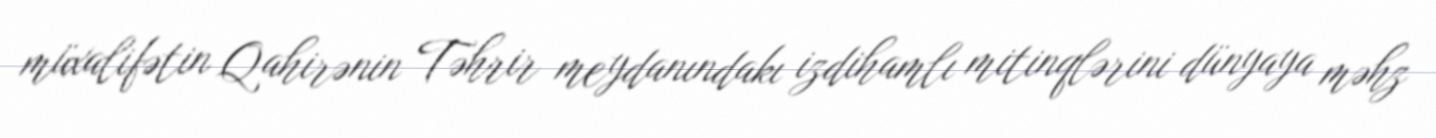
müxalifətin Qahirənin Təhrir meydanındakı izdihamlı mitinqlərini dünyaya məhz